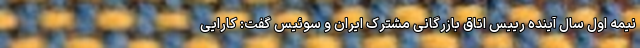
نیمه اول سال آینده رییس اتاق بازرگانی مشترک ایران و سوئیس گفت: کارایی